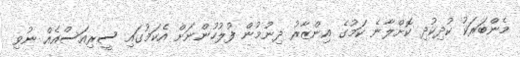
މެންބަރަކު ކުދިކުދި ކޮށްލާނެ ކަމުގެ އިންޒާރު ދިނުމުން ފުލުހުންނަށް އެކަމުގައި ސީރިއަސްއެއް ނުވި